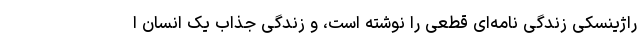
راژینسکی زندگی نامه‌ای قطعی را نوشته است، و زندگی جذاب یک انسان ا